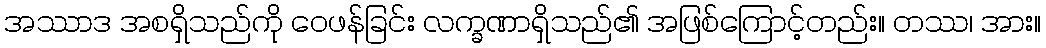
အဿာဒ အစရှိသည်ကို ဝေဖန်ခြင်း လက္ခဏာရှိသည်၏ အဖြစ်ကြောင့်တည်း။ တဿ၊ အား။